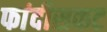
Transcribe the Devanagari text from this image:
फांदीसकट